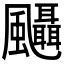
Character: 𱃒